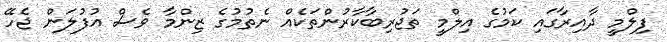
ފިލްމީ ދާއިރާގައި ކަމުގެ އިލްމީ ތަޖުރިބާކާރުންތަކެއް ނެތުމުގެ ޒިންމާ ވެސް އުފުލަން ޖެހޭ